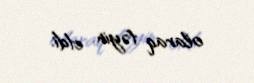
olaraq təyin etdi.